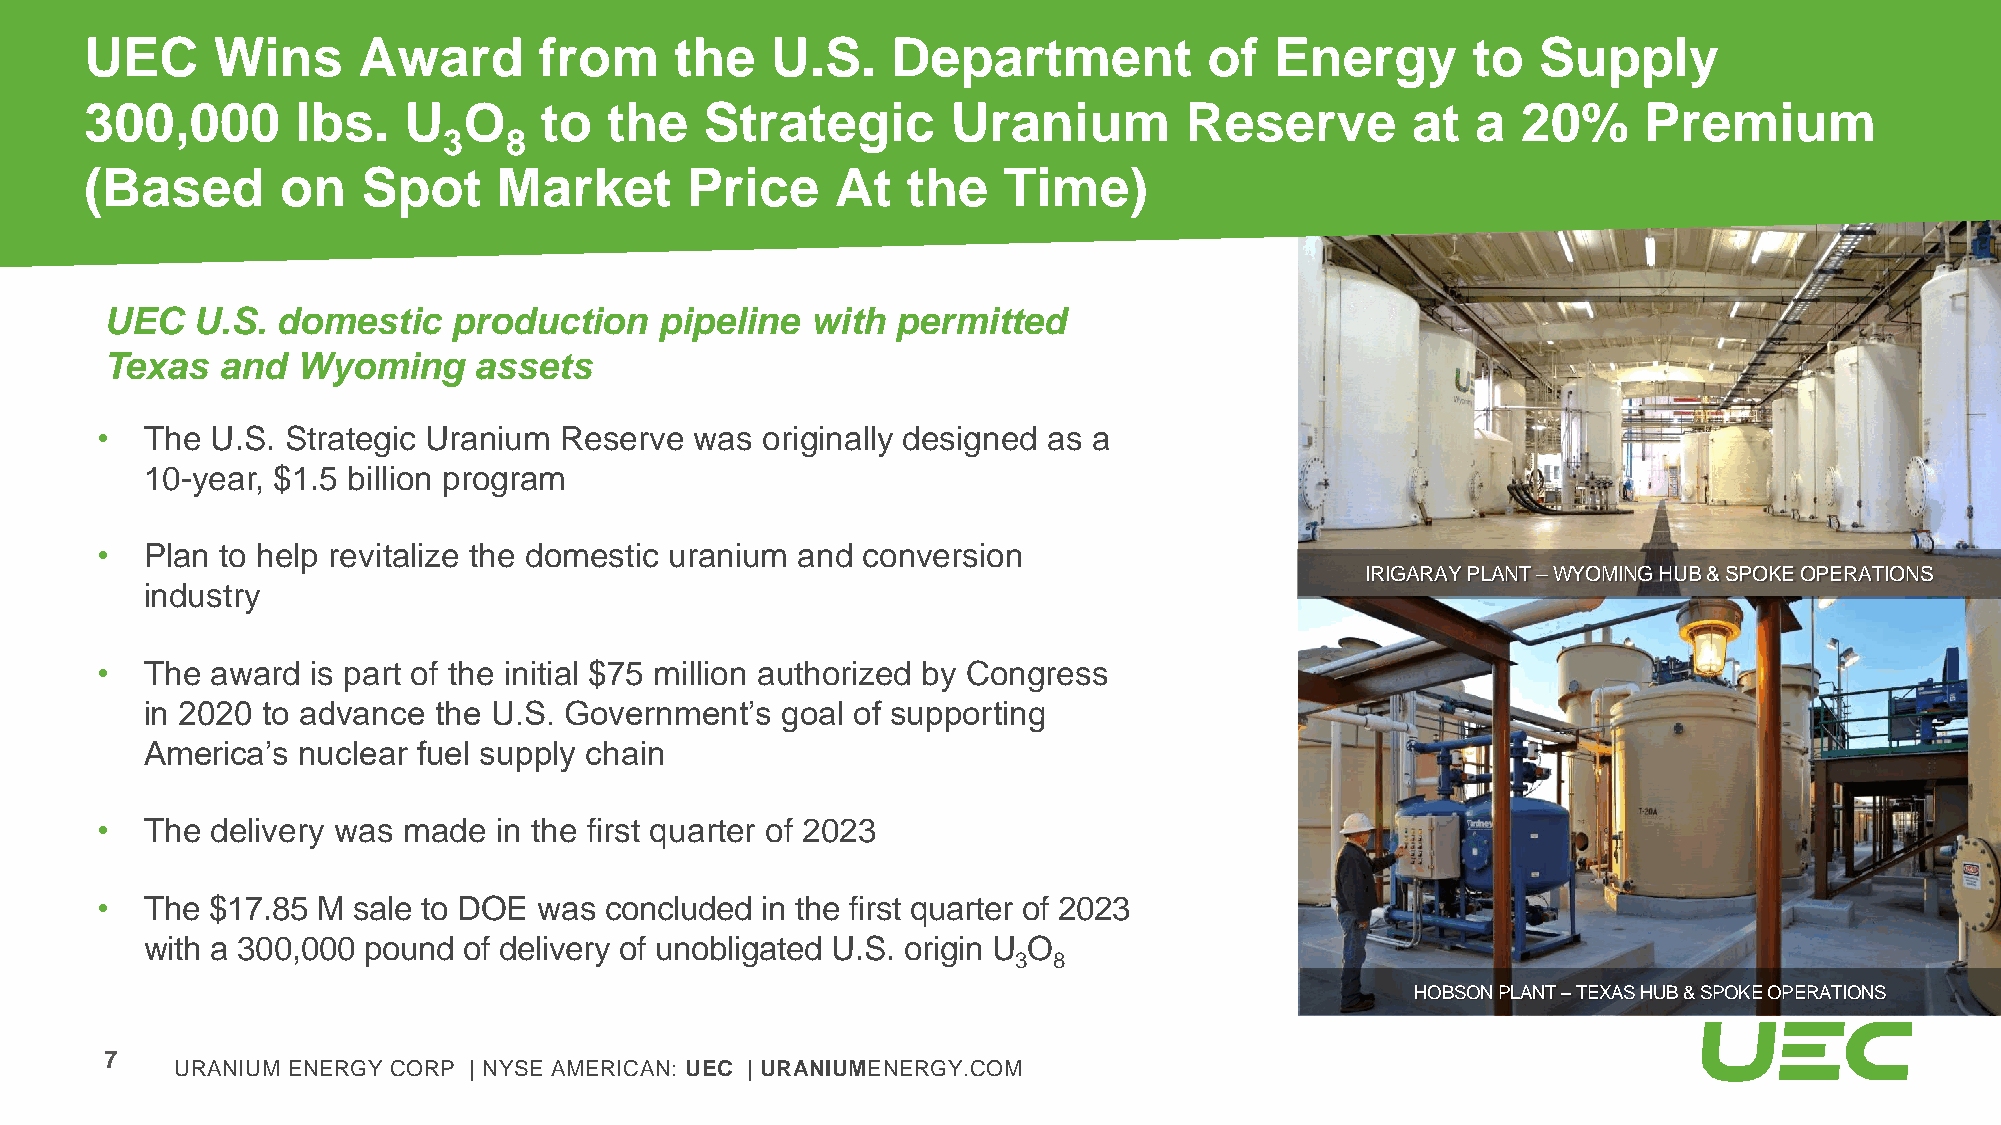
UEC     Wins      Award       from     the   U.S.    Department           of  Energy       to   Supply
 300,000       lbs.   U   O    to  the    Strategic       Uranium        Reserve        at   a  20%     Premium
 3   8
 (Based       on   Spot     Market      Price     At   the   Time)
 UEC   U.S. domestic    production    pipeline  with permitted
 Texas  and   Wyoming    assets
 •   The U.S. Strategic Uranium Reserve  was originally designed as a
 10-year, $1.5 billion program
 •   Plan to help revitalize the domestic uranium and conversion
 IRIGARAY PLANT –WYOMING HUB & SPOKE OPERATIONS
 industry
 •   The award  is part of the initial $75 million authorized by Congress
 in 2020 to advance the U.S. Government’s  goal of supporting
 America’s nuclear fuel supply chain
 •   The delivery was made  in the first quarter of 2023
 •   The $17.85 M sale to DOE  was concluded in the first quarter of 2023
 with a 300,000 pound of delivery of unobligated U.S. origin U O
 3  8
 HOBSON PLANT –TEXAS HUB & SPOKE OPERATIONS
 7
 URANIUM ENERGY CORP | NYSE AMERICAN: UEC | URANIUMENERGY.COM